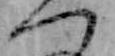
つ